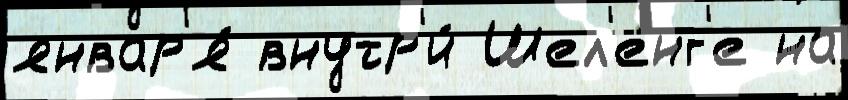
январ'я́ внутр'и́ Шел'енг'е на